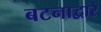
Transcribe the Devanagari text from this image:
बटनाद्वारे